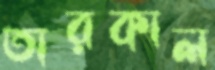
তারকাল